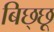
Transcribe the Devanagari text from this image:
बिछ्छू